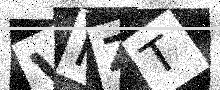
Text: VIZT